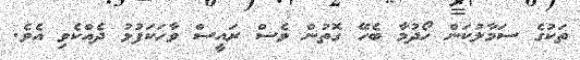
ތަކުގެ ސަމާލުކަން ހޯދުމާ ބެހޭ ގޮތުން ވެސް ރައީސް ވާހަކަފުޅު ދެއްކެވި އެވެ.